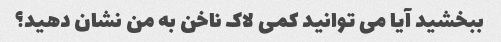
ببخشید آیا می توانید کمی لاک ناخن به من نشان دهید؟